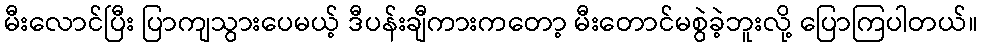
မီးလောင်ပြီး ပြာကျသွားပေမယ့် ဒီပန်းချီကားကတော့ မီးတောင်မစွဲခဲ့ဘူးလို့ ပြောကြပါတယ်။